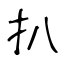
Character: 扒